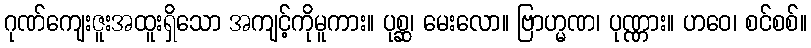
ဂုဏ်ကျေးဇူးအထူးရှိသော အကျင့်ကိုမူကား။ ပုစ္ဆ၊ မေးလော။ ဗြာဟ္မဏ၊ ပုဏ္ဏား။ ဟဝေ၊ စင်စစ်။